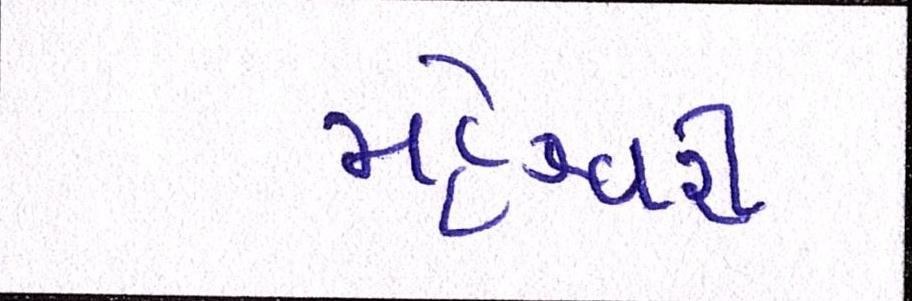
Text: મહેશ્વરી